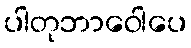
ပါတုဘာဝေါပေ